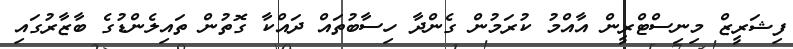
ފިޝަރީޒް މިނިސްޓްރީން އާއްމު ކުރަމުން ގެންދާ ހިސާބުތައް ދައްކާ ގޮތުން ތައިލެންޑުގެ ބާޒާރުގައި